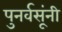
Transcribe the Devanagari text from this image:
पुनर्वसूंनी